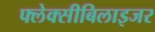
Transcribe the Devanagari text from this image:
फ्लेक्सीबिलाइजर